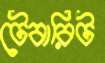
টেবারিট